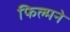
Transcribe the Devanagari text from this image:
फिल्मने